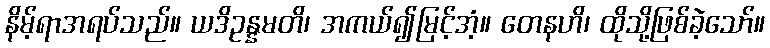
နိမ့်ရာအရပ်သည်။ ယဒိဥန္နမတိ၊ အကယ်၍မြင့်အံ့။ တေနဟိ၊ ထိုသို့ဖြစ်ခဲ့သော်။